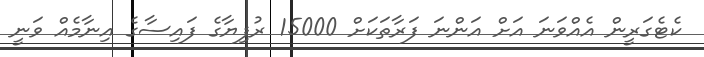
ކެޓެގަރީން އެއްވަނަ އަށް އަންނަ ފަރާތަކަށް 15000 ރުފިޔާގެ ފައިސާގެ އިނާމެއް ވަނީ